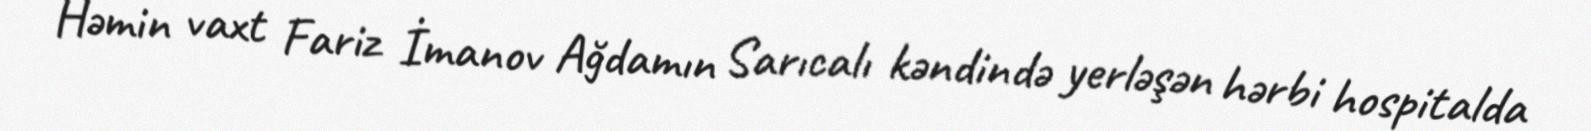
Həmin vaxt Fariz İmanov Ağdamın Sarıcalı kəndində yerləşən hərbi hospitalda